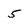
Character: 5